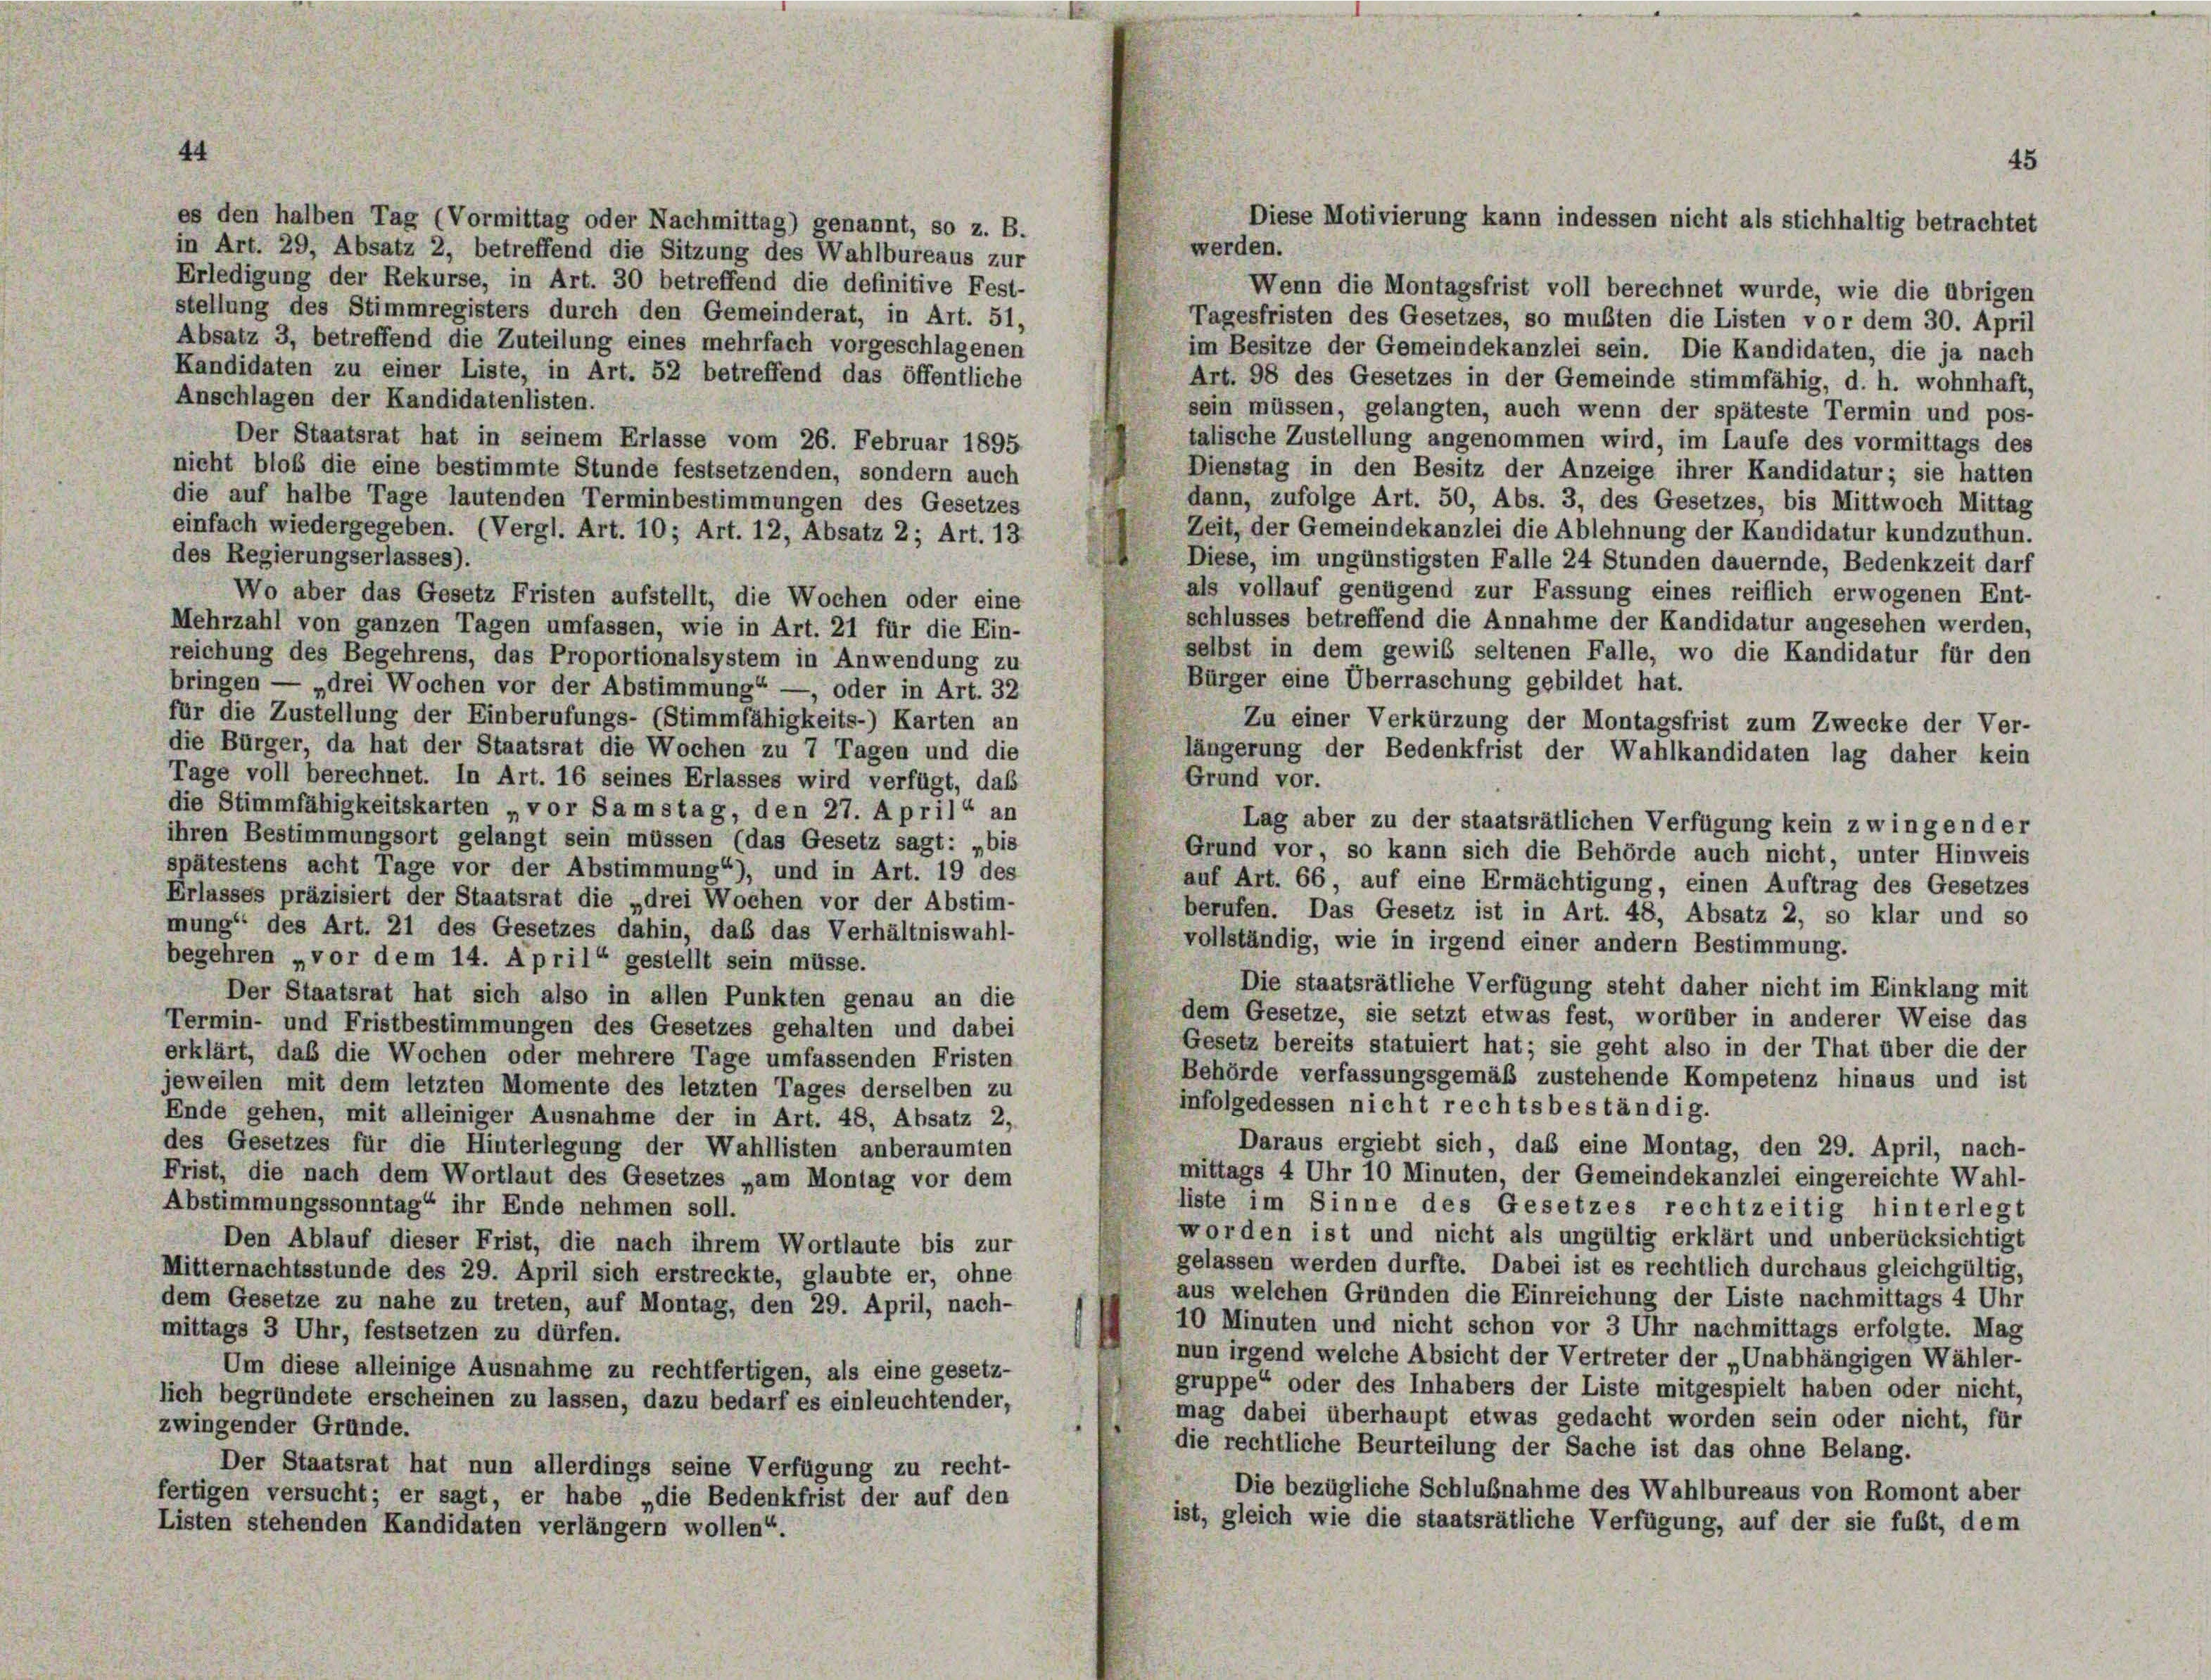
44

es den halben Tag (Vormittag oder Nachmittag) genannt, so z. B.
werden.
in Art. 29, Absatz 2, betreffend die Sitzung des Wahlbureaus zur
Erledigung der Rekurse, in Art. 30 betreffend die definitive Fest-
Wenn die Montagsfrist voll berechnet wurde, wie die übrigen
stellung des Stimmregisters durch den Gemeinderat, in Art. 51,
Tagesfristen des Gesetzes, so mußten die Listen vor dem 30. April
Absatz 3, betreffend die Zuteilung eines mehrfach vorgeschlagenen
im Besitze der Gemeindekanzlei sein. Die Kandidaten, die ja nach
Kandidaten zu einer Liste, in Art. 52 betreffend das öffentliche
Art. 98 des Gesetzes in der Gemeinde stimmfähig, d. h. wohnhaft,
Anschlagen der Kandidatenlisten.
sein müssen, gelangten, auch wenn der späteste Termin und pos-
Der Staatsrat hat in seinem Erlasse vom 26. Februar 1895
talische Zustellung angenommen wird, im Laufe des vormittags des
nicht bloß die eine bestimmte Stunde festsetzenden, sondern auch
Dienstag in den Besitz der Anzeige ihrer Kandidatur; sie hatten
die auf halbe Tage lautenden Terminbestimmungen des Gesetzes
dann, zufolge Art. 50, Abs. 3, des Gesetzes, bis Mittwoch Mittag
einfach wiedergegeben. (Vergl. Art. 10; Art. 12, Absatz 2; Art. 13
Zeit, der Gemeindekanzlei die Ablehnung der Kandidatur kundzuthun.
des Regierungserlasses).
Diese, im ungünstigsten Falle 24 Stunden dauernde, Bedenkzeit darf
als vollauf genügend zur Fassung eines reiflich erwogenen Ent-
Wo aber das Gesetz Fristen aufstellt, die Wochen oder eine
schlusses betreffend die Annahme der Kandidatur angesehen werden,
Mehrzahl von ganzen Tagen umfassen, wie in Art. 21 für die Ein-
selbst in dem gewiß seltenen Falle, wo die Kandidatur für den
reichung des Begehrens, das Proportionalsystem in Anwendung zu
Bürger eine Überraschung gebildet hat.
bringen — „drei Wochen vor der Abstimmung“ — oder in Art. 32
für die Zustellung der Einberufungs- (Stimmfähigkeits-) Karten an
Zu einer Verkürzung der Montagsfrist zum Zwecke der Ver-
die Bürger, da hat der Staatsrat die Wochen zu 7 Tagen und die
längerung der Bedenkfrist der Wahlkandidaten lag daher kein
Tage voll berechnet. In Art. 16 seines Erlasses wird verfügt, daß
Grund vor.
die Stimmfähigkeitskarten „vor Samstag, den 27. April“ an
Lag aber zu der staatsrätlichen Verfügung kein zwingen der
ihren Bestimmungsort gelangt sein müssen (das Gesetz sagt: „bis
Grund vor, so kann sich die Behörde auch nicht, unter Hinweis
spätestens acht Tage vor der Abstimmung“), und in Art. 19 des
auf Art. 66, auf eine Ermächtigung, einen Auftrag des Gesetzes
Erlasses präzisiert der Staatsrat die „drei Wochen vor der Abstim-
berufen. Das Gesetz ist in Art. 48, Absatz 2, so klar und so
mung“ des Art. 21 des Gesetzes dahin, daß das Verhältniswahl-
vollständig, wie in irgend einer andern Bestimmung.
begehren „vor dem 14. April“ gestellt sein müsse.
Die staatsrätliche Verfügung steht daher nicht im Einklang mit
Der Staatsrat hat sich also in allen Punkten genau an die
dem Gesetze, sie setzt etwas fest, worüber in anderer Weise das
Termin- und Fristbestimmungen des Gesetzes gehalten und dabei
Gesetz bereits statuiert hat; sie geht also in der That über die der
erklärt, daß die Wochen oder mehrere Tage umfassenden Fristen
Behörde verfassungsgemäß zustehende Kompetenz hinaus und ist
jeweilen mit dem letzten Momente des letzten Tages derselben zu
infolgedessen nicht rechtsbeständig.
Ende gehen, mit alleiniger Ausnahme der in Art. 48, Absatz 2,
Daraus ergiebt sich, das eine Montag, den 29. April, nach-
des Gesetzes für die Hinterlegung der Wahllisten anberaumten
mittags 4 Uhr 10 Minuten, der Gemeindekanzlei eingereichte Wahl-
Frist, die nach dem Wortlaut des Gesetzes „am Montag vor dem
Abstimmungssonntag“ ihr Ende nehmen soll.
liste im Sinne des Gesetzes rechtzeitig hinterlegt
worden ist und nicht als ungültig erklärt und unberücksichtigt
Den Ablauf dieser Frist, die nach ihrem Wortlaute bis zur
gelassen werden durfte. Dabei ist es rechtlich durchaus gleichgültig,
Mitternachtsstunde des 29. April sich erstreckte, glaubte er, ohne
aus welchen Gründen die Einreichung der Liste nachmittags 4 Uhr
dem Gesetze zu nahe zu treten, auf Montag, den 29. April, nach-
10 Minuten und nicht schon vor 3 Uhr nachmittags erfolgte. Mag
mittags 3 Uhr, festsetzen zu dürfen.
nun irgend welche Absicht der Vertreter der „Unabhängigen Wähler-
Um diese alleinige Ausnahme zu rechtfertigen, als eine gesetz-
gruppe“ oder des Inhabers der Liste mitgespielt haben oder nicht,
lich begründete erscheinen zu lassen, dazu bedarf es einleuchtender,
mag dabei überhaupt etwas gedacht worden sein oder nicht, für
zwingender Grunde.
die rechtliche Beurteilung der Sache ist das ohne Belang.
Der Staatsrat hat nun allerdings seine Verfügung zu recht-
Die bezügliche Schlußnahme des Wahlbureaus von Romont aber
fertigen versucht; er sagt, er habe „die Bedenkfrist der auf den
ist, gleich wie die staatsrätliche Verfügung, auf der sie fußt, dem
Listen stehenden Kandidaten verlängern wollen“.

45
Diese Motivierung kann indessen nicht als stichhaltig betrachtet